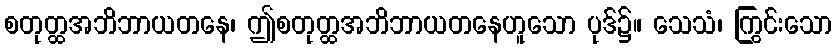
စတုတ္ထအဘိဘာယတနေ၊ ဤစတုတ္ထအဘိဘာယတနေဟူသော ပုဒ်၌။ သေသံ၊ ကြွင်းသော